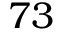
7 3